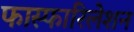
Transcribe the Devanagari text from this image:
फास्फारिलेशन